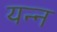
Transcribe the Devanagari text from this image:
यन्न